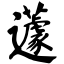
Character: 蘧